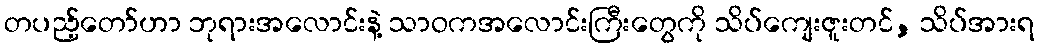
တပည့်တော်ဟာ ဘုရားအလောင်းနဲ့ သာဝကအလောင်းကြီးတွေကို သိပ်ကျေးဇူးတင်, သိပ်အားရ